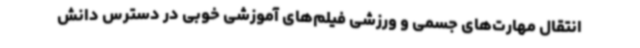
انتقال مهارت‌های جسمی و ورزشی فیلم‌های آموزشی خوبی در دسترس دانش‌